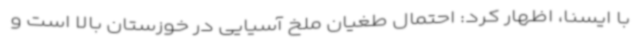
با ایسنا، اظهار کرد: احتمال طغیان ملخ آسیایی در خوزستان بالا است و